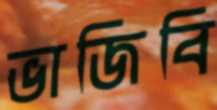
ভাজিবি